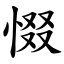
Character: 惙